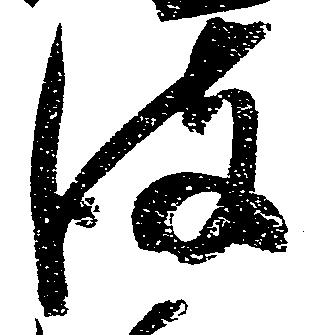
彼